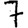
Digit: 7